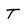
Character: T